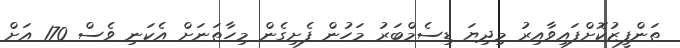
ތަންފީޒުކޮށްފައިވާއިރު މިދިޔަ ޑިސެމްބަރު މަހުން ފެށިގެން މިހާތަނަށް އެކަނި ވެސް 170 އަށް